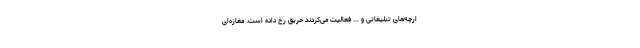
ارچه‌های تبلیغاتی و ... فعالیت می‌کردند حریق رخ داده است. مغازه‌ای